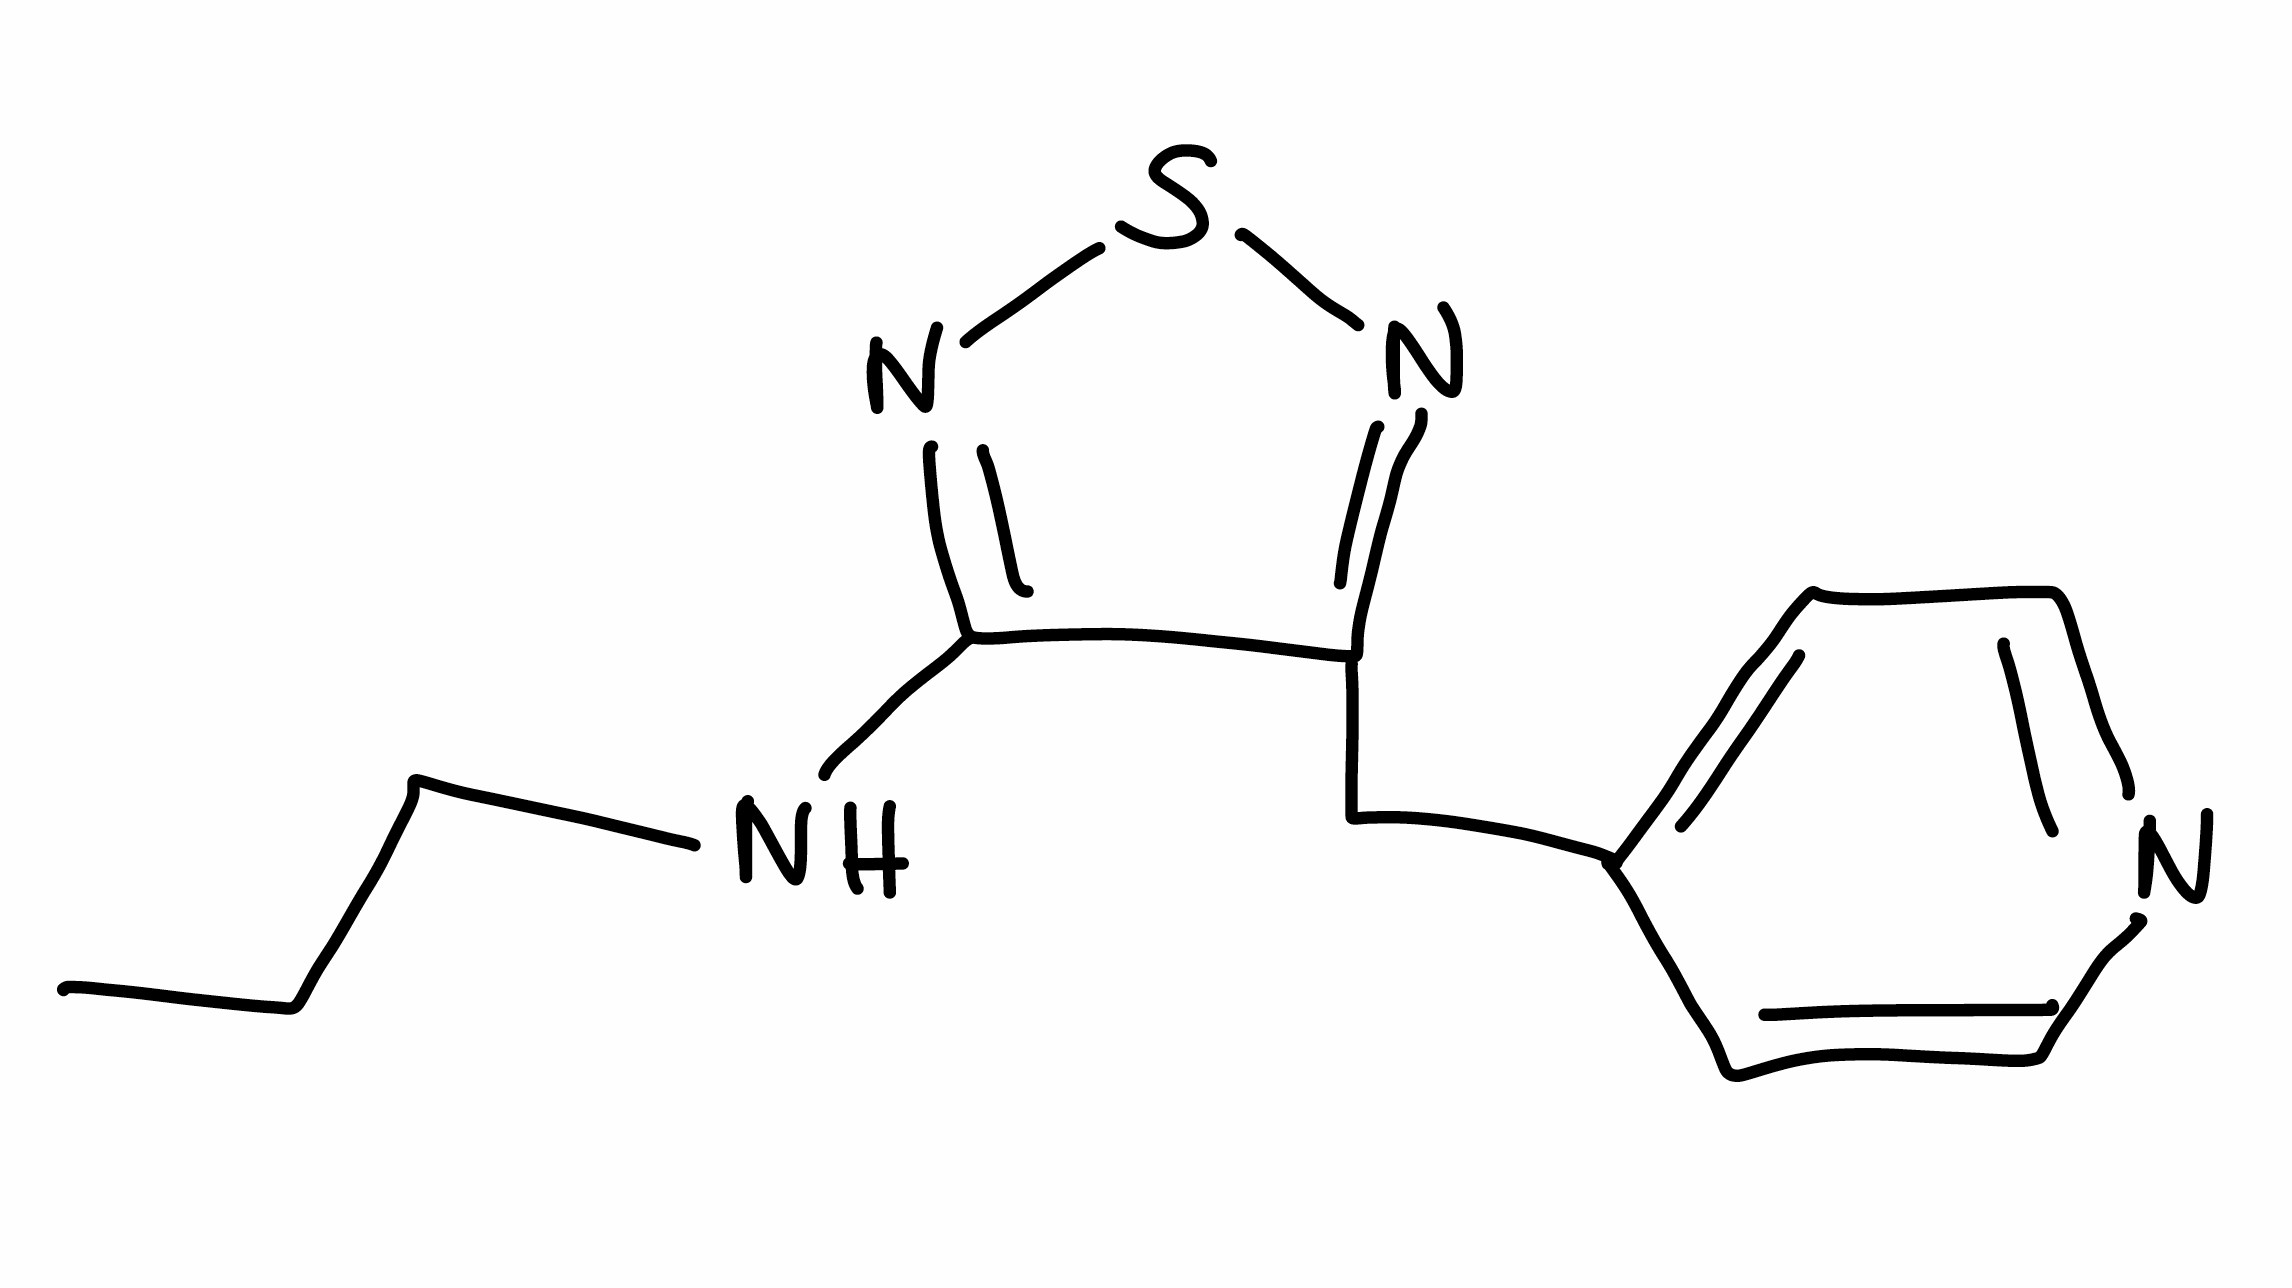
Simplified molecular-input line-entry system (SMILES) notation of the given molecule:
CCCNC1=NSN=C1CC2=CC=NC=C2